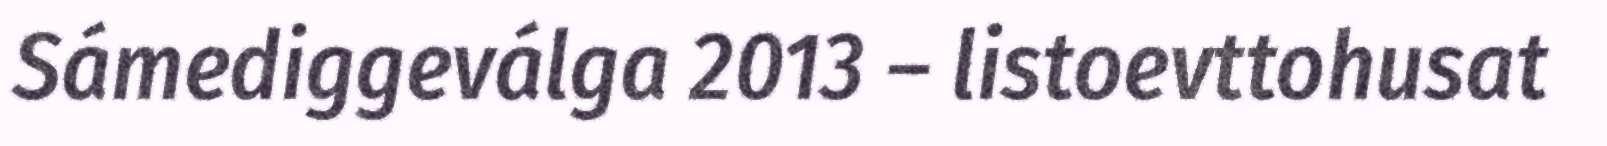
Sámediggeválga 2013 – listoevttohusat